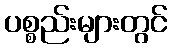
ပစ္စည်းများတွင်